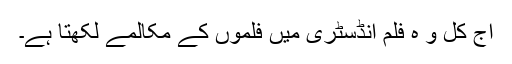
آج کل و ہ فلم انڈسٹری میں فلموں کے مکالمے لکھتا ہے۔